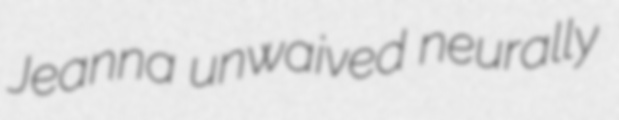
Jeanna unwaived neurally